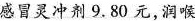
感冒灵冲剂9.80元，润喉